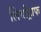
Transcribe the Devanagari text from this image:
लिथोट्राफ